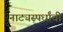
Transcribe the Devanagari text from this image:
नाट्यस्पर्धांची